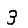
Digit: 3